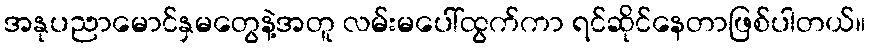
အနုပညာမောင်နှမတွေနဲ့အတူ လမ်းမပေါ်ထွက်ကာ ရင်ဆိုင်နေတာဖြစ်ပါတယ်။